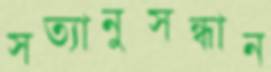
সত্যানুসন্ধান